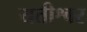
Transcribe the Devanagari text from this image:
यतीश्वर